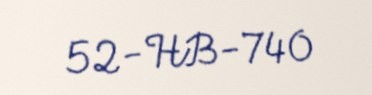
52-HB-740